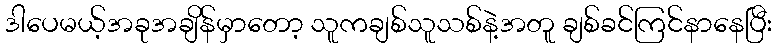
ဒါပေမယ့်အခုအချိန်မှာတော့ သူကချစ်သူသစ်နဲ့အတူ ချစ်ခင်ကြင်နာနေပြီး